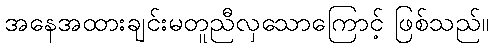
အနေအထားချင်းမတူညီလှသောကြောင့် ဖြစ်သည်။